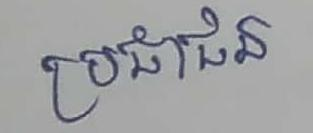
ប្រជាជន